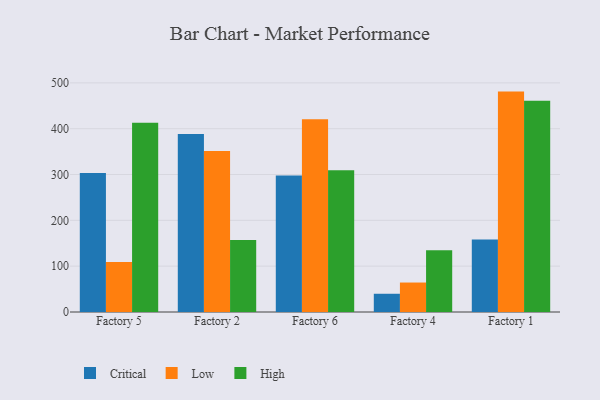
{"axis": {"x": "Factory", "y": "Customer Acquisition Cost (USD)"}, "legend": ["Critical", "High", "Low"], "data": [{"x": "Factory 5", "y": 303.1, "type": "Critical"}, {"x": "Factory 5", "y": 109.3, "type": "Low"}, {"x": "Factory 5", "y": 413.2, "type": "High"}, {"x": "Factory 2", "y": 388.5, "type": "Critical"}, {"x": "Factory 2", "y": 351.5, "type": "Low"}, {"x": "Factory 2", "y": 157.0, "type": "High"}, {"x": "Factory 6", "y": 297.8, "type": "Critical"}, {"x": "Factory 6", "y": 420.6, "type": "Low"}, {"x": "Factory 6", "y": 309.2, "type": "High"}, {"x": "Factory 4", "y": 39.8, "type": "Critical"}, {"x": "Factory 4", "y": 64.3, "type": "Low"}, {"x": "Factory 4", "y": 134.6, "type": "High"}, {"x": "Factory 1", "y": 158.0, "type": "Critical"}, {"x": "Factory 1", "y": 480.9, "type": "Low"}, {"x": "Factory 1", "y": 460.7, "type": "High"}]}